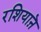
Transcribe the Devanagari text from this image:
रशियाऩॆ